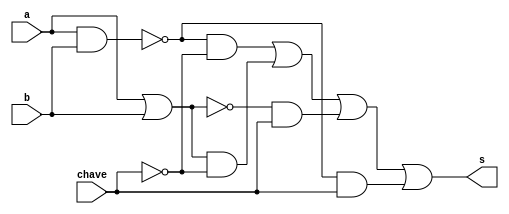
// -------------------------
// Exemplo0033 - F4
// Nome: Rayan Darwin
// -------------------------
// -------------------------
//  f4_gate
// -------------------------
module f4 (output s, input a, input b, input chave);

wire s_and1;
wire s_and2;
wire s_and3;
wire s_and4;
wire s_and5;
wire s_or1;
wire s_or2;
wire s_not1;
wire s_nand1;
wire s_nor1;

	and AND1(s_and1, a, b);
	and AND2(s_and2, s_nand1, s_not1);
	and AND3(s_and3, s_or1, s_not1);
	and AND4(s_and4, s_nor1, chave);
	and AND5(s_and5, s_nand1, chave);
	
	or OR1(s_or1, a, b);
	or OR20(s, s_and2, s_and3, s_and4, s_and5);
	
	nand NAND1(s_nand1, a, b);
	
	nor NOR1(s_nor1, a, b);
	
	not NOT1(s_not1, chave);					  

endmodule // f4

module test_f4;
// ------------------------- definir dados
 reg x; 
 reg y; 
 reg c;
 wire s; 
 
 f4 modulo (s, x, y, c);
// ------------------------- parte principal
   initial begin
      $display("Exemplo0033 - Rayan Darwin - 412770");
      $display("Test LU's module");
		
		
		#1 $monitor(" x: %2b \t y: %2b \t Resultado: %4b",x,y,s,c);
		#1 x = 2'b01; y = 2'b10; c = 0; 
	   #1 x = 2'b01; y = 2'b10; c = 1;  
	   #1 x = 2'b11; y = 2'b00; c = 0;
	   #1 x = 2'b11; y = 2'b00; c = 1; 
		#1 x = 2'b01; y = 2'b00; c = 0;
	   #1 x = 2'b01; y = 2'b00; c = 1; 
	   #1 x = 2'b10; y = 2'b10; c = 0;
	   #1 x = 2'b10; y = 2'b10; c = 1; 

end
endmodule // test_f4